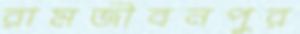
রামজীবনপুর